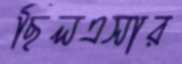
ছিলএসার